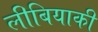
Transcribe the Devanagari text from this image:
लीबियाकी